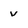
Character: v